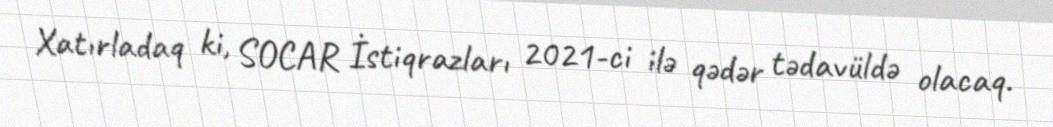
Xatırladaq ki, SOCAR İstiqrazları 2021-ci ilə qədər tədavüldə olacaq.